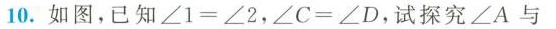
10.如图，已知$$\angle 1 = \angle